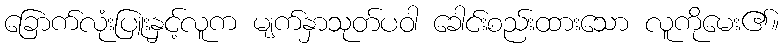
ခြောက်လုံးပြူးနှင့်လူက မျက်နှာသုတ်ပဝါ ခေါင်းစည်းထားသော လူကိုမေး၏။